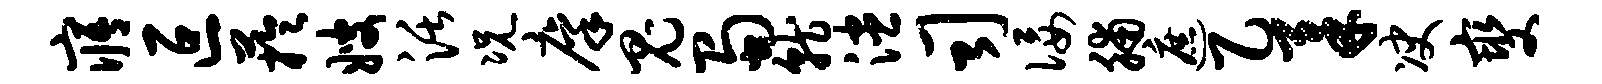
寤叵芋嫂活况廪鬼蜀就漶司佞脯遮乙柔决燮